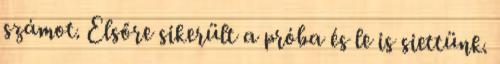
számot. Elsőre sikerült a próba és le is siettünk.